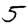
Digit: 5